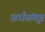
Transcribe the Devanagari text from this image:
अर्धसंवृत